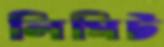
লিমিট